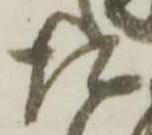
た